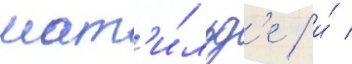
мат'и́льд'е / и́ /